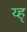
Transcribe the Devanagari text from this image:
य्ह्